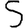
Digit: 5